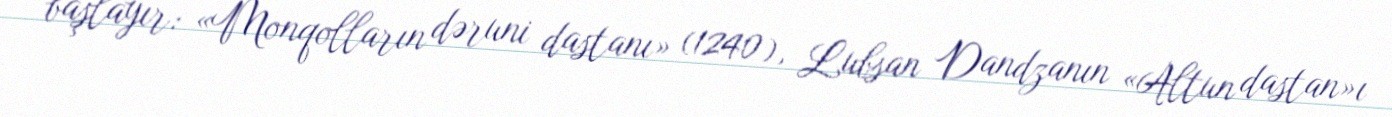
başlayır: «Monqolların dəruni dastanı» (1240), Lubsan Dandzanın «Altun dastan»ı